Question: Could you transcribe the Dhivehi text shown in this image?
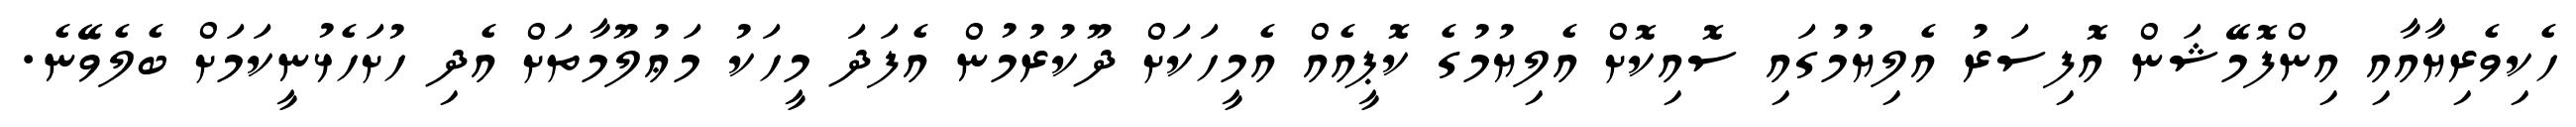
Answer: ހެކިވެރިޔާއާއި އިންފޮމޭޝަން އޮފިސަރު އެލިޔުމުގައި ސޮއިކޮށް އެލިޔުމުގެ ކޮޕީއެއް އެމީހަކަށް ދޫކުރުމުން އެފަދަ މީހަކު މަޢުލޫމާތަށް އެދި ހުށަހެޅުނީކަމަށް ބެލެވޭނެ.